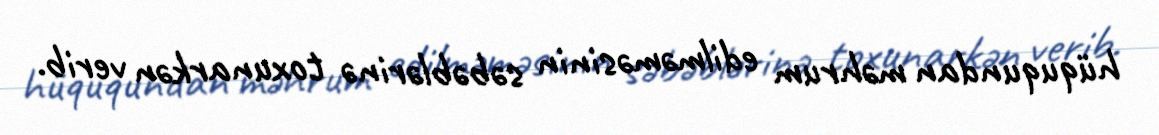
hüququndan məhrum edilməməsinin səbəblərinə toxunarkən verib.